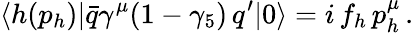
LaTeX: \langle h(p_{h})|\bar{q}\gamma^{\mu}(1-\gamma_{5})\, q^{\prime}|0\rangle=i\, f_{h}\, p_{h}^{\mu}\, .